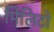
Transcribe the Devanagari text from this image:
मिलिटो